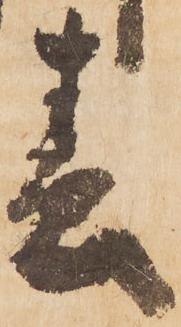
春